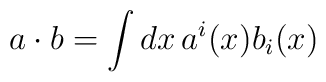
a\cdot b = \int dx\, a^i(x) b_i(x)